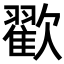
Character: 𣤩